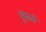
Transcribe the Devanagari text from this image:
कुइजे